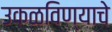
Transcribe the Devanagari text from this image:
उकळविण्याचे